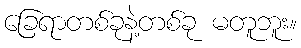
ခြေရာတစ်ခုနဲ့တစ်ခု မတူဘူး။